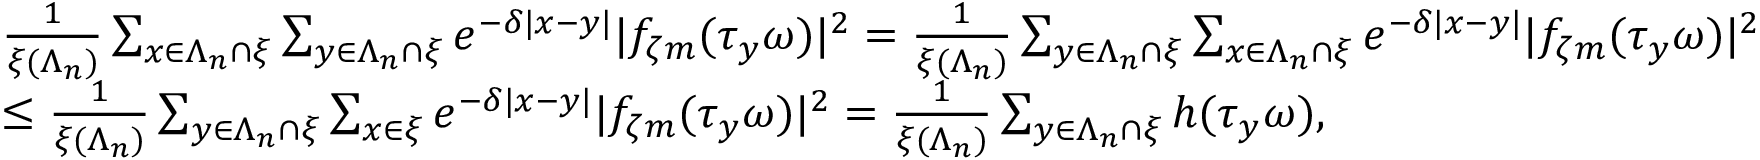
\begin{array} { r l } & { \frac { 1 } { \xi ( \Lambda _ { n } ) } \sum _ { x \in \Lambda _ { n } \cap \xi } \sum _ { y \in \Lambda _ { n } \cap \xi } e ^ { - \delta | x - y | } | f _ { \zeta m } ( \tau _ { y } \omega ) | ^ { 2 } = \frac { 1 } { \xi ( \Lambda _ { n } ) } \sum _ { y \in \Lambda _ { n } \cap \xi } \sum _ { x \in \Lambda _ { n } \cap \xi } e ^ { - \delta | x - y | } | f _ { \zeta m } ( \tau _ { y } \omega ) | ^ { 2 } } \\ & { \leq \frac { 1 } { \xi ( \Lambda _ { n } ) } \sum _ { y \in \Lambda _ { n } \cap \xi } \sum _ { x \in \xi } e ^ { - \delta | x - y | } | f _ { \zeta m } ( \tau _ { y } \omega ) | ^ { 2 } = \frac { 1 } { \xi ( \Lambda _ { n } ) } \sum _ { y \in \Lambda _ { n } \cap \xi } h ( \tau _ { y } \omega ) , } \end{array}